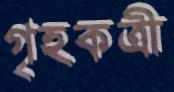
গৃহকত্রী